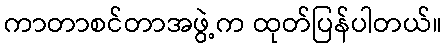
ကာတာစင်တာအဖွဲ့က ထုတ်ပြန်ပါတယ်။